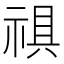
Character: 𮂀